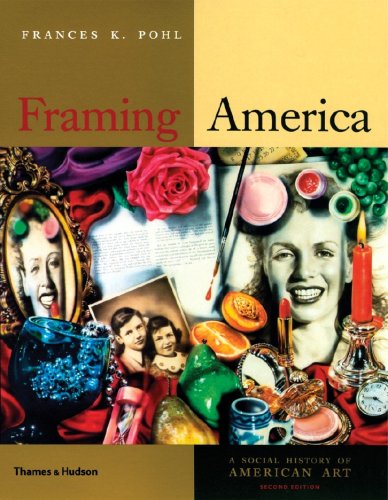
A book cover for Framing America: A Social History of American Art (Second Edition); Frances K. Pohl; Crafts, Hobbies & Home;